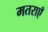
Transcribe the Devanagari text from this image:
मतराएँ